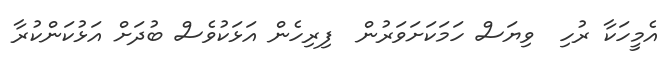
އެމީހަކާ ރުހި  ވިޔަސް ހަމަކަށަވަރުން  ފިރިހެން އަޅަކުވެސް ބުދަށް އަޅުކަންކުރާ